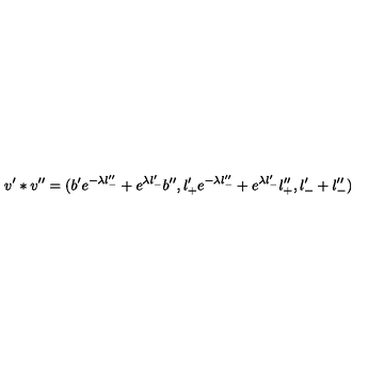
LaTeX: v ^ { \prime } * v ^ { \prime \prime } = ( b ^ { \prime } e ^ { - \lambda l _ { - } ^ { \prime \prime } } + e ^ { \lambda l _ { - } ^ { \prime } } b ^ { \prime \prime } , l _ { + } ^ { \prime } e ^ { - \lambda l _ { - } ^ { \prime \prime } } + e ^ { \lambda l _ { - } ^ { \prime } } l _ { + } ^ { \prime \prime } , l _ { - } ^ { \prime } + l _ { - } ^ { \prime \prime } )